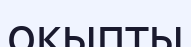
оқыпты